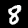
Label: 8